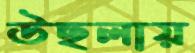
উছলায়